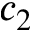
c _ { 2 }